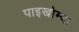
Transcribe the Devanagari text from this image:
पाइखोम्बा